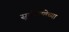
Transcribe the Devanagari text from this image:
सूर्यदेवतेच्या